system: You are a helpful assistant.
user:
Analyze the provided spectrum to determine if it is a **M-type Giant (gM)**.

A M-type Giant spectrum is defined by its **strong molecular absorption** features, particularly from **Titanium Oxide (TiO)**. You must check for one of the following mutually exclusive signatures:

- **Key Visual Indicators (Absorption-Dominated Spectrum):**

    - **(Primary):** The spectrum is dominated by strong molecular absorption from **Titanium Oxide (TiO)**. This is the **defining feature** of its M-type temperature class.
        - **(Key Bandheads):** Look for sharp, "saw-tooth" absorption valleys. The strongest are located near **~7050 Å**, **~6160 Å**, and **~5170 Å**.
        - **(Line Profile):** The "saw-tooth" morphology is critical: a **sharp, steep drop on the BLUE (short-wavelength) side** of the bandhead, followed by a gradual recovery (rising flux) towards the RED (long-wavelength) side.

    - **(Key Confirmation - Giant vs. Dwarf):** **ABSENCE** of strong **Calcium Hydride (CaH)** molecular bands. This is the primary diagnostic for *excluding* M-dwarfs.
        - **(Key Region):** The spectrum should lack the strong, broad absorption band seen in dwarfs between **~6800 Å and ~7000 Å**.

    - **(Secondary Confirmation - Giant):** A very strong and broad **Neutral Calcium (Ca I)** atomic absorption line.
        - **(Key Line):** Located at **~4226 Å**. In a giant (gM), this line is significantly deeper and broader than the same line in an M-dwarf (dM) due to low surface gravity.

    - **(Overall Spectrum):**
        - The continuum is **extremely red-sloping** (i.e., flux is very low in the blue and rises dramatically towards the red).
        - The entire spectrum appears "chopped up" by the deep TiO bands.

Think first, call **spectral_visualization_tool** if needed to examine features in detail, then provide your final answer. Your response must adhere to the following strict rules:
1.  **Overall Structure:** Your response must follow the format `<think>...</think> <tool_call>...</tool_call> (if a tool is used) <answer>...</answer>`.
2.  **Tool Usage Constraint:** You may only make **one** tool call per turn.
3.  **Final Answer Format:** In the `<answer>` tag, your conclusion must be inside a `\boxed{}` command (e.g., `\boxed{YES}` or `\boxed{NO}`), followed by your justification.

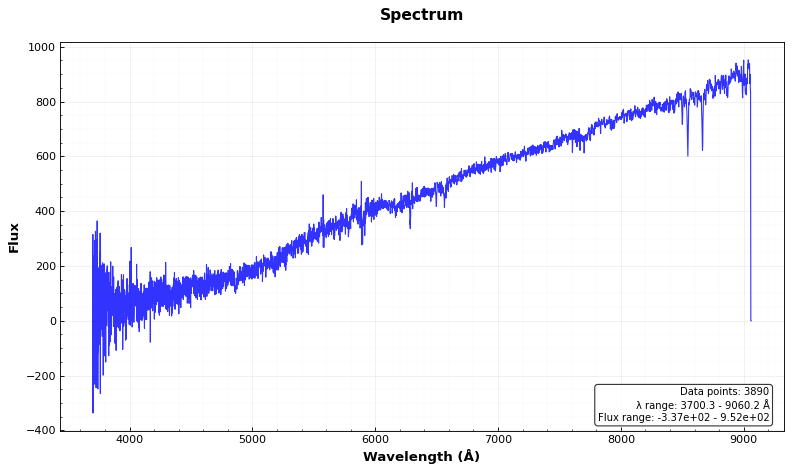
Answer: NO